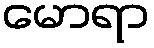
မောရာ